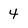
Character: 4